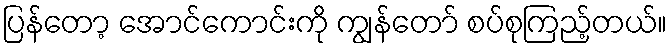
ပြန်တော့ အောင်ကောင်းကို ကျွန်တော် စပ်စုကြည့်တယ်။